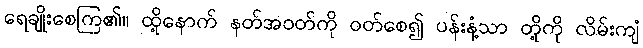
ရေချိုးစေကြ၏။ ထို့နောက် နတ်အဝတ်ကို ဝတ်စေ၍ ပန်းနံ့သာ တို့ကို လိမ်းကျံ